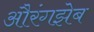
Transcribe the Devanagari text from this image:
औरंगझेब